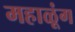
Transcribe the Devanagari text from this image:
महाळूंग